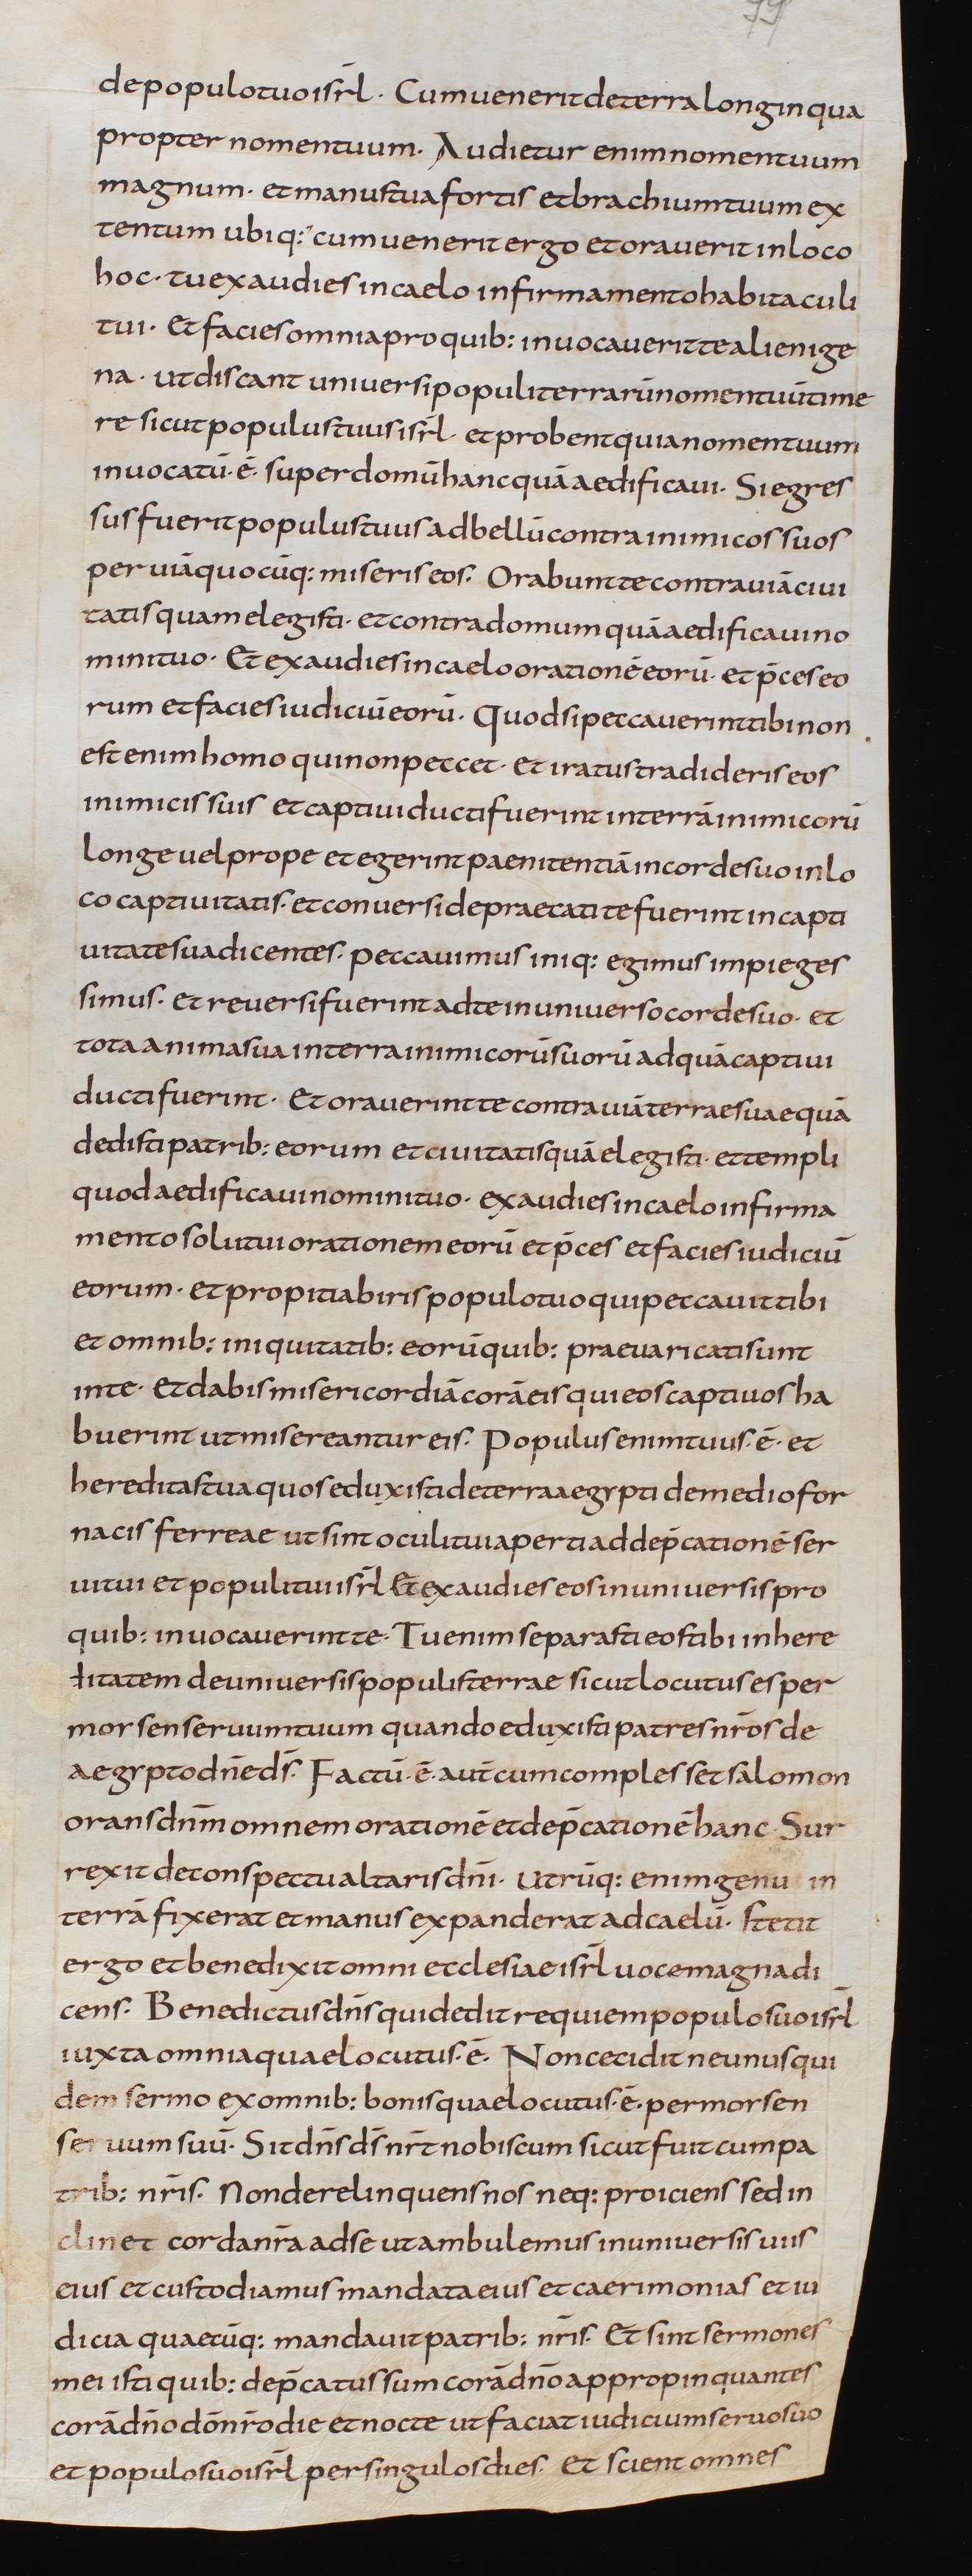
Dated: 805–845